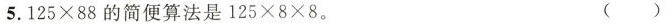
5. $$1 2 5 \times 8 8$$ 的简便算法是$$1 2 5 \times 8 \times 8$$。 ( )